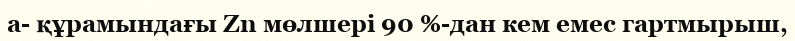
а- құрамындағы Zn мөлшері 90 %-дан кем емес гартмырыш,